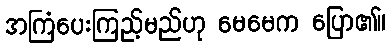
အကြံပေးကြည့်မည်ဟု မေမေက ပြော၏။